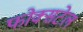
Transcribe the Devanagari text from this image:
फोक्सटेल